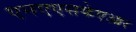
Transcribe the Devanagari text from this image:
एनएएसकेएआर